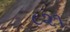
૮૨૧